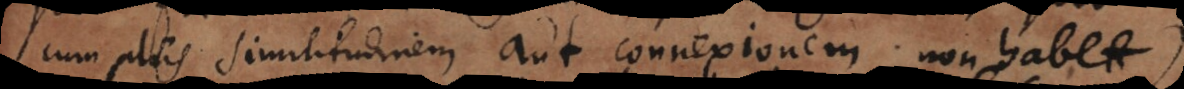
cum aliis similitudinem aut connexionem non habet)